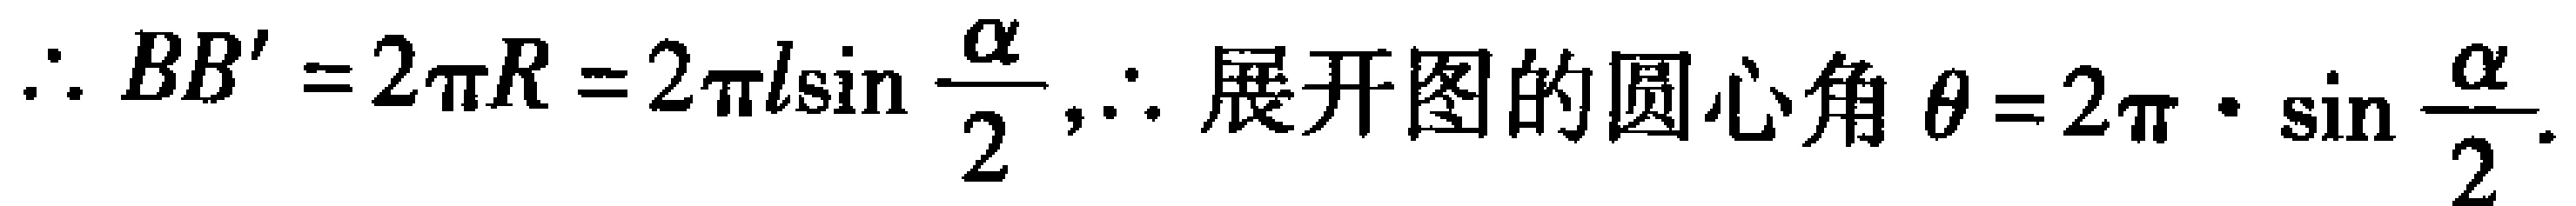
\(\therefore BB' = 2\pi R = 2\pi l\sin \frac{\alpha}{2},\therefore \text{展开图的圆心角} \theta = 2\pi \cdot \sin \frac{\alpha}{2}.\)